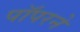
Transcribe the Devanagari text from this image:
पॉपरने